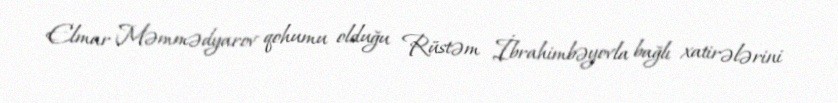
Elmar Məmmədyarov qohumu olduğu Rüstəm İbrahimbəyovla bağlı xatirələrini